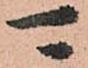
可